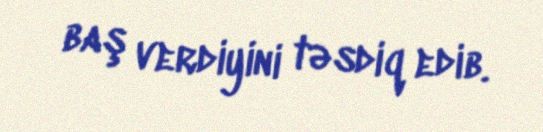
baş verdiyini təsdiq edib.